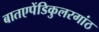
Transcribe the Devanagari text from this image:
बातएपेंडिकुलरगांठ